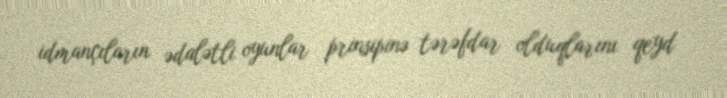
idmançıların ədalətli oyunlar prinsipinə tərəfdar olduqlarını qeyd